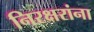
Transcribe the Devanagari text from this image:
निरक्षरांना